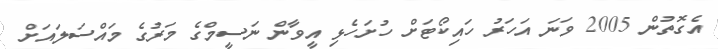
އެގޮތުން 2005 ވަނަ އަހަރު ހައިކޯޓަށް ހުށަހެޅި އީވާން ނަސީމްގެ މަރުގެ މައްސަލައަށް